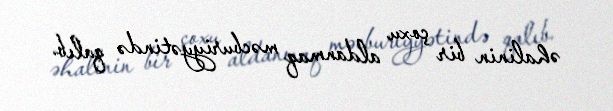
əhalinin bir çoxu aldanmaq məcburiyyətində qalıb.